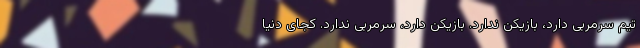
تیم سرمربی دارد، بازیکن ندارد. بازیکن دارد، سرمربی ندارد. کجای دنیا